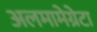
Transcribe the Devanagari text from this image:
अलमामेग्रेटा